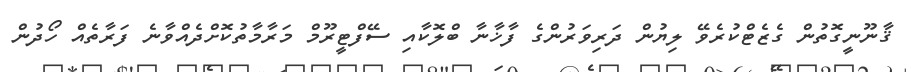
ޤާނޫނީގޮތުން ގެޒެޓްކުރެވޭ ލިޔުން ދަރިވަރުންގެ ފާޚާނާ ބްލޮކާއި ސޭފްޓީރޫމް މަރާމާތުކޮށްދެއްވާނެ ފަރާތެއް ހޯދުން